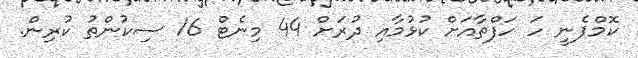
ކޮމްޕެނީ ހަ ހަފްތާއަށް ކުޅުމާއި ދުރަށް 44 މިނެޓް 16 ސިކުންތު ކުރިން.